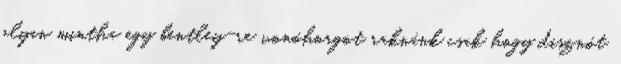
olyan mintha egy bentley-re vonóhorgot raknánk csak hogy disznót